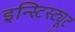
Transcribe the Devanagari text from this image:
इन्स्टिस्ट्यूट